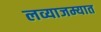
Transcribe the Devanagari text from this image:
लव्याजम्यात